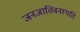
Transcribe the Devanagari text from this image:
जनजातिवनस्पति